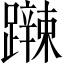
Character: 𨆹